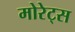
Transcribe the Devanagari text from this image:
मोरेट्स